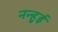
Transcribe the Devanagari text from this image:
नन्हुई